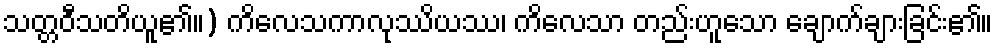
သတ္တဝီသတိယူ၏။) ကိလေသကာလုဿိယဿ၊ ကိလေသာ တည်းဟူသော ချောက်ချားခြင်း၏။